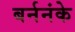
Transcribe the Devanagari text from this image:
बर्ननंके